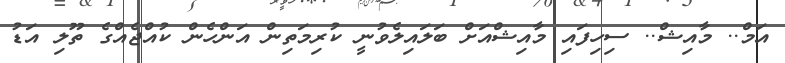
އަމް.. މާއިޝް.. ސިހިފައި މާއިޝްއަށް ބަލައިލެވުނީ ކުރިމަތިން އަންހެން ކުއްޖެއްގެ ތޫލި އަޑު